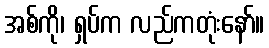
အစ်ကို၊ ရှပ်က လည်ကတုံးနော်။